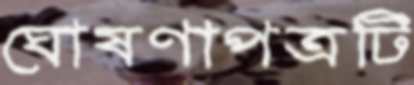
ঘোষণাপত্রটি